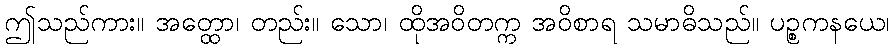
ဤသည်ကား။ အတ္ထော၊ တည်း။ သော၊ ထိုအဝိတက္က အဝိစာရ သမာဓိသည်။ ပဉ္စကနယေ၊